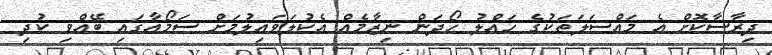
ދިރާސާކޮށް އެ މައްސަލަތަކުގެ ހައްލު ހޯދަން ނިޒާމެއް އެކުލަވައިލުމަށް ސަމޯއާގައި ބޭއްވި ކުދި